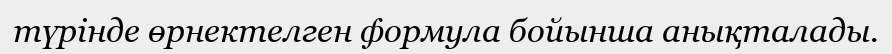
түрінде өрнектелген формула бойынша анықталады.